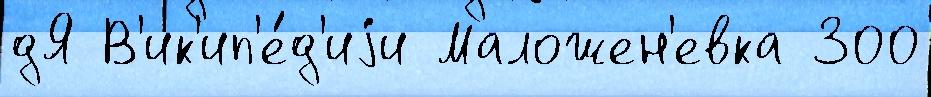
дЯ В'ик'ип'е́д'иjи Маложен'евка 300